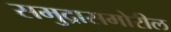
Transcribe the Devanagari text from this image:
समुद्रासमोरील